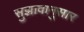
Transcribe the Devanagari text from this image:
सुझावानुसार